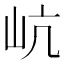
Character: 𡵻